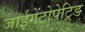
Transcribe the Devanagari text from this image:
जाईगेंटोपेट्रिड